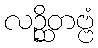
လဉ္ဆိတဗ္ဗံ